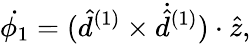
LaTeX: \dot{\phi_{1}}=(\hat{d}^{(1)}\times\dot{\hat{d}}^{(1)})\cdot\hat{z},